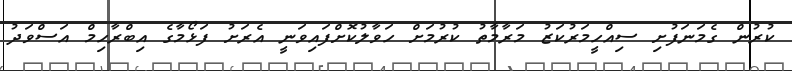
ކުރުން ގެމަނަފުށި ސިއްހީމަރުކަޒު މަރާމާތު ކުރުމަށް ހަވާލުކޮށްފައިވަނީ އެރަށު ފަޅޯމާގެ އިބްރާހިމް އަސްވަދު